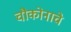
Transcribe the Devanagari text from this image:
चौकोनाचे